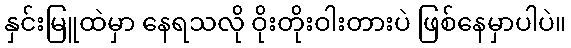
နှင်းမြူထဲမှာ နေရသလို ဝိုးတိုးဝါးတားပဲ ဖြစ်နေမှာပါပဲ။